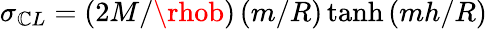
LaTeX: \sigma_{\mathbb{C}L}=\left(2M/\rhob\right)\left(m/R\right)\operatorname{tanh}{\left(mh/R\right)}